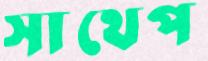
সাথেপ